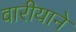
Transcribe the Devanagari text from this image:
वारीयाने